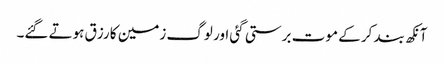
آنکھ بند کر کے موت برستی گئی اور لوگ زمین کا رزق ہوتے گئے۔